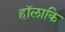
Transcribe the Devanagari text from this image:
हॉलाकि